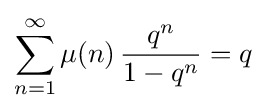
\sum _{n=1}^{\infty }\mu (n)\,{\frac {q^{n}}{1-q^{n}}}=q